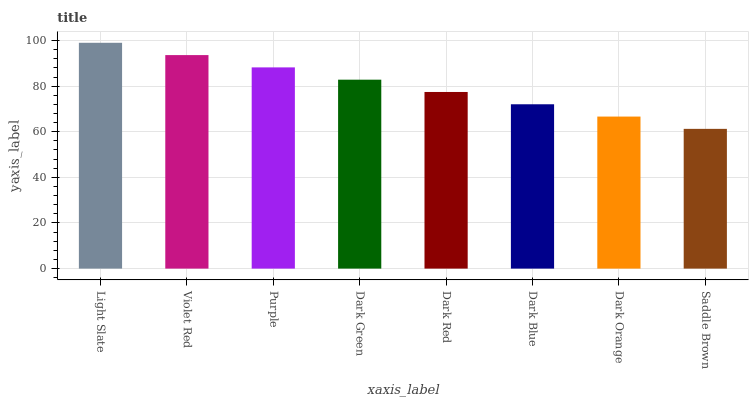
| xaxis_label | bars |
 | --- | --- |
 | Light Slate | 99 |
 | Violet Red | 93.6 |
 | Purple | 88.2 |
 | Dark Green | 82.8 |
 | Dark Red | 77.4 |
 | Dark Blue | 72 |
 | Dark Orange | 66.7 |
 | Saddle Brown | 61.3 |